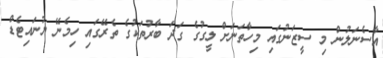
އާސެނަލުން މި ސީޒަނުގައި މިހާތަނަށް ލީގުގެ ގަދަ ބާރުތަކުގެ ތެރޭގައި ހިމެނޭ ޔުނައިޓެޑް